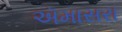
ઍમાસરા